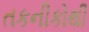
તકનીકોથી